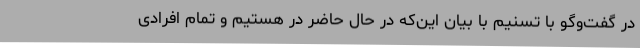
در گفت‌وگو با تسنیم با بیان این‌که در حال حاضر در هستیم و تمام افرادی